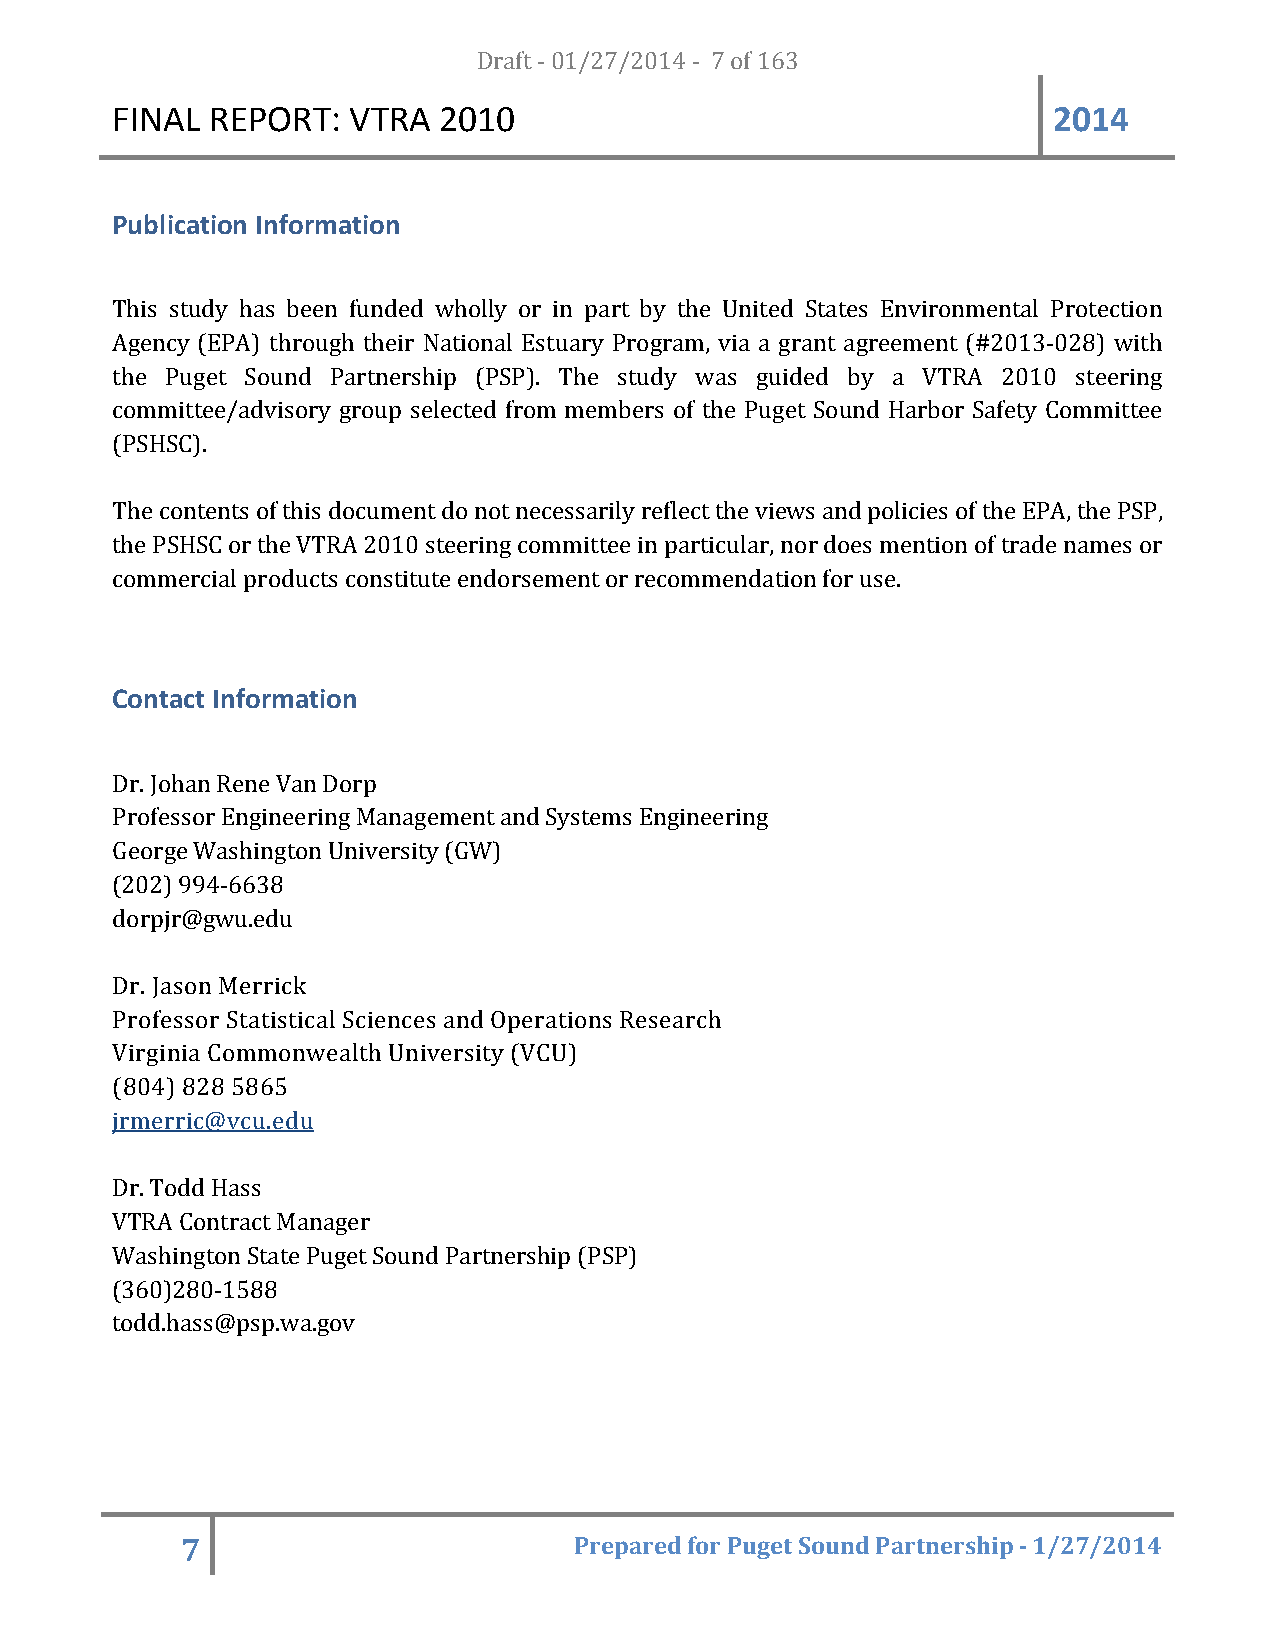
FINAL  REPORT:  VTRA  20D1r0a ft - 01/27/2014 - 7 of 163       2014
 Publication Information
 This study has been funded wholly or in part by the United States Environmental Protection
 Agency (EPA) through their National Estuary Program, via a grant agreement (#2013-028) with
 the Puget Sound Partnership (PSP). The study was guided by a VTRA 2010 steering
 committee/advisory group selected from members of the Puget Sound Harbor Safety Committee
 (PSHSC).
 The contents of this document do not necessarily reflect the views and policies of the EPA, the PSP,
 the PSHSC or the VTRA 2010 steering committee in particular, nor does mention of trade names or
 commercial products constitute endorsement or recommendation for use.
 Contact Information
 Dr. Johan Rene Van Dorp
 Professor Engineering Management and Systems Engineering
 George Washington University (GW)
 (202) 994-6638
 dorpjr@gwu.edu
 Dr. Jason Merrick
 Professor Statistical Sciences and Operations Research
 Virginia Commonwealth University (VCU)
 (804) 828 5865
 jrmerric@vcu.edu
 Dr. Todd Hass
 VTRA Contract Manager
 Washington State Puget Sound Partnership (PSP)
 (360)280-1588
 todd.hass@psp.wa.gov
 7                         Prepared for Puget Sound Partnership - 1/27/2014